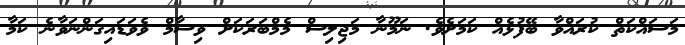
މަސައްކަތް ކުރައްވާ ބޭފުޅެއް ކަމަށެވެ. ނަމޫނާ މަޖިލިސް މެމްބަރަކަށް ވިސާމް ވެވަޑައިގަންނަވާނެ ކަމާ